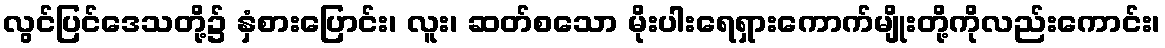
လွင်ပြင်ဒေသတို့၌ နှံစားပြောင်း၊ လူး၊ ဆတ်စသော မိုးပါးရေရှားကောက်မျိုးတို့ကိုလည်းကောင်း၊